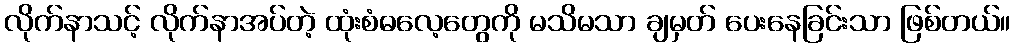
လိုက်နာသင့် လိုက်နာအပ်တဲ့ ထုံးစံဓလေ့တွေကို မသိမသာ ချမှတ် ပေးနေခြင်းသာ ဖြစ်တယ်။